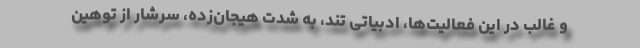
و غالب در این فعالیت‌ها، ادبیاتی تند، به شدت هیجان‌زده، سرشار از توهین